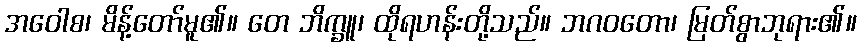
အဝေါစ၊ မိန့်တော်မူ၏။ တေ ဘိက္ခူ၊ ထိုရဟန်းတို့သည်။ ဘဂဝတော၊ မြတ်စွာဘုရား၏။